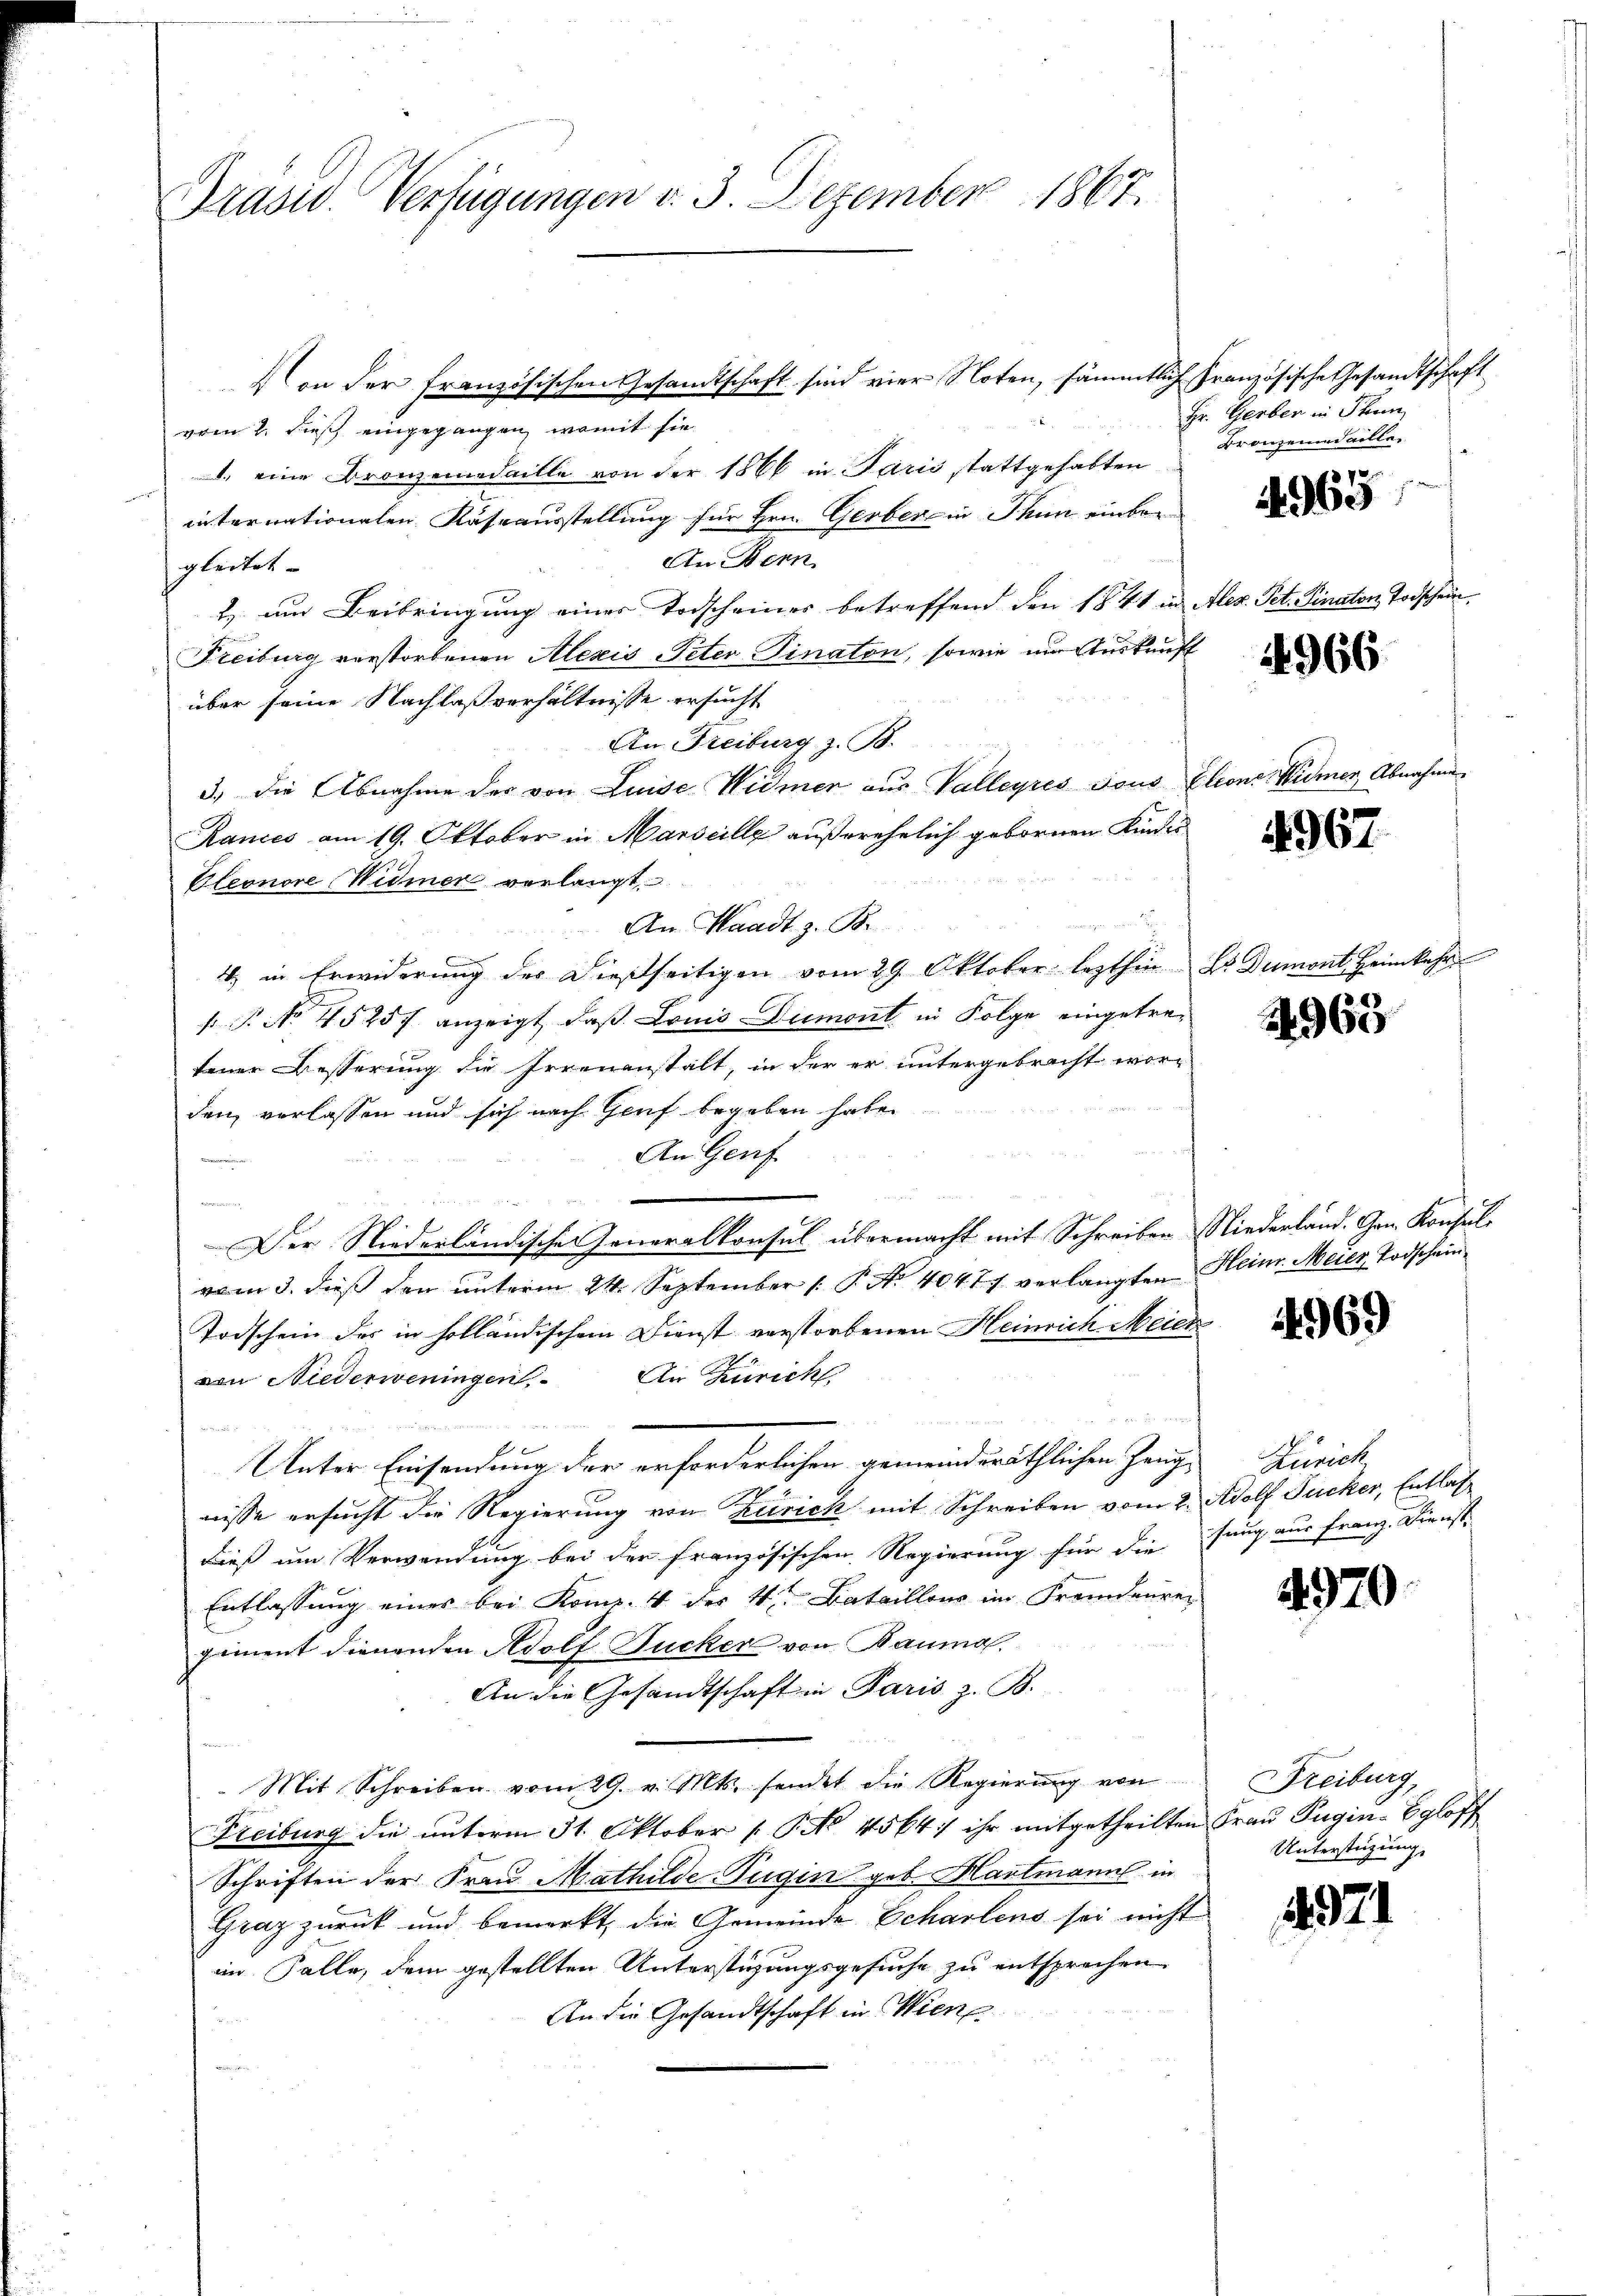
Präsid. Verfügungen v. 3. Dezember 1867.

Von der französischen Gesandtschaft sind vier Noten, sämmtlich französische Gesandtschaft
vom 2. Dies eingegangen, womit sie
.) eine Bronzemedaille von der 1866 in Paris stattgehabten
internationalen Kassausstellung für Hrn. Gerber in Thun einbar
An Bern
gleitet. |
2 um Beibringung einer Todscheines betreffend den 1841 in Alex. Pet. Finaton Todschein
Freiburg verstorbenen Alexis Peter Finaton, sowie um Auskunft
über seine Nachlaßverhältnisse ersucht
An Freiburg z. B.
3.) Die Abnahme der von Luise Widmer aus Valleyres Tous Eleons Widmer, Abnahme
Rances am 19. Oktober in Marseille außerehelich geborenen Kindes
Eleonore Widmer verlangt.
An Waadt z. B.
4) in Erwiderung der dießseitigen vom 29. Oktober lezthin Dr. Dumont Heimkehr
s P. No. 45257 anzeigt, daß Louis-Dumont in Folge eingetretener Besserung die Irrenanstalt, in der er untergebracht worden verlassen und sich nach Genf begeben haben
An Genf
n
d
Der Niederländische Generalkonsul übermacht mit Schreiben Niederland. Gen. Konsulvom 3. dieβ den ŭnterm 24. September 1 P. Nr. 40477 verlangten Hein. Meier Todschein-
Todschein des in holländischem Dienst verstorbenen Heinrich Meier
von Niederweningen. An Zürich
zer sehr in
Unter Einsendung der erforderlichen gemeindsräthlichen Zeug Zürich
nisse ersucht die Regierung von Zürich mit Schreiben vom 2. Adolf Jucker, Entlasdieß um Verwendung bei der französischen Regierung für die fung aus Franz. Dienst-
Entlassung eines bei Kons. 4 der 4ten Bataillons im Fremdenre
piment dienenden Adolf Jucker von Bauma.
An die Gesandtschaft in Paris z. B.
Mit Schreiben vom 29. v. Mts. sendet die Regierung von
Freiburg die unterm 31. Oktober (P No. 4564. ihr mitgetheilten Frau Pugin-Egloff
Schriften der Frau Mathilde Tugin geb. Hartmanns in
Graz zurück und bemerkt, die Gemeinde Echalens sei nicht
im Falle, dem gestellten Unterstüzungsgesuche zu entsprechen
An die Gesandtschaft in Wiene

Hr. Gerben in Thun,
Bronzendaille
§ 92.

4960

4966

4967.

2963

4969

4970

Freiburg,
Unterstüzung,

421